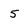
Character: 5